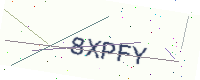
Text: 8XPFY